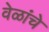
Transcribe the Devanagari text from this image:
वेळांचे